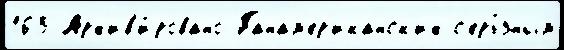
163 Арх'ив'и́ровано Панам'ер'иканск'их с'ерь́зным